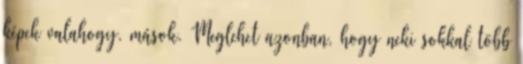
képek valahogy. mások. Meglehet azonban, hogy neki sokkal több